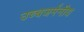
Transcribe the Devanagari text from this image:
उच्चजर्मनीय